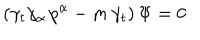
( \gamma _ { t } \gamma _ { \alpha } \, p ^ { \alpha } - m \, \gamma _ { t } ) \, \Psi = 0